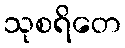
သုစရိတေ